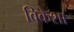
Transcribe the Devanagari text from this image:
विकेशा